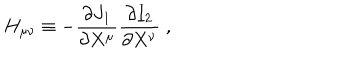
H _ { \mu \nu } \equiv - \frac { \partial J _ { 1 } } { \partial X ^ { \mu } } \frac { \partial I _ { 2 } } { \partial X ^ { \nu } } \; ,